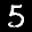
Label: 5